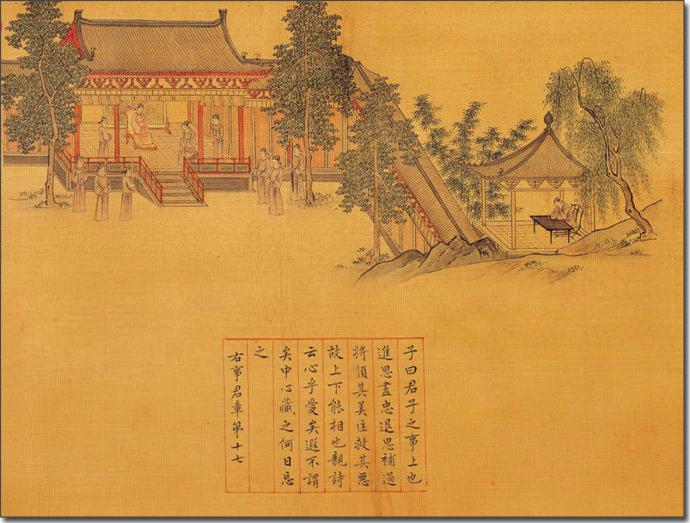
将顺其美，匡救其恶，故上下能哙亲也